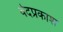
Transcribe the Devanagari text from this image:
वेदप्रकाश